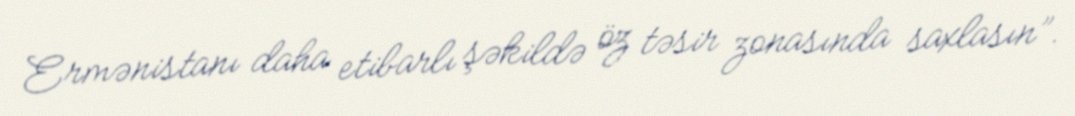
Ermənistanı daha etibarlı şəkildə öz təsir zonasında saxlasın”.